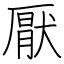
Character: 厭